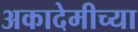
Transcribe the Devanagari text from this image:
अकादेमीच्या